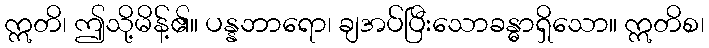
ဣတိ၊ ဤသို့မိန့်၏။ ပန္နဘာရော၊ ချအပ်ပြီးသောခန္ဓာရှိသော။ ဣတိစ၊